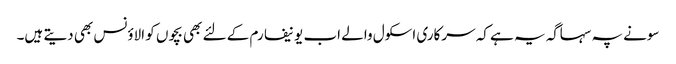
سونے پہ سہاگہ یہ ہے کہ سرکاری اسکول والے اب یونیفارم کے لئے بھی بچوں کو الاؤنس بھی دیتے ہیں۔